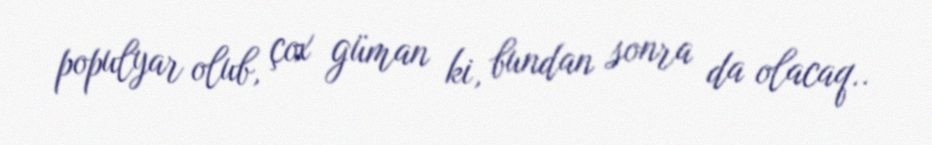
populyar olub, çox güman ki, bundan sonra da olacaq..